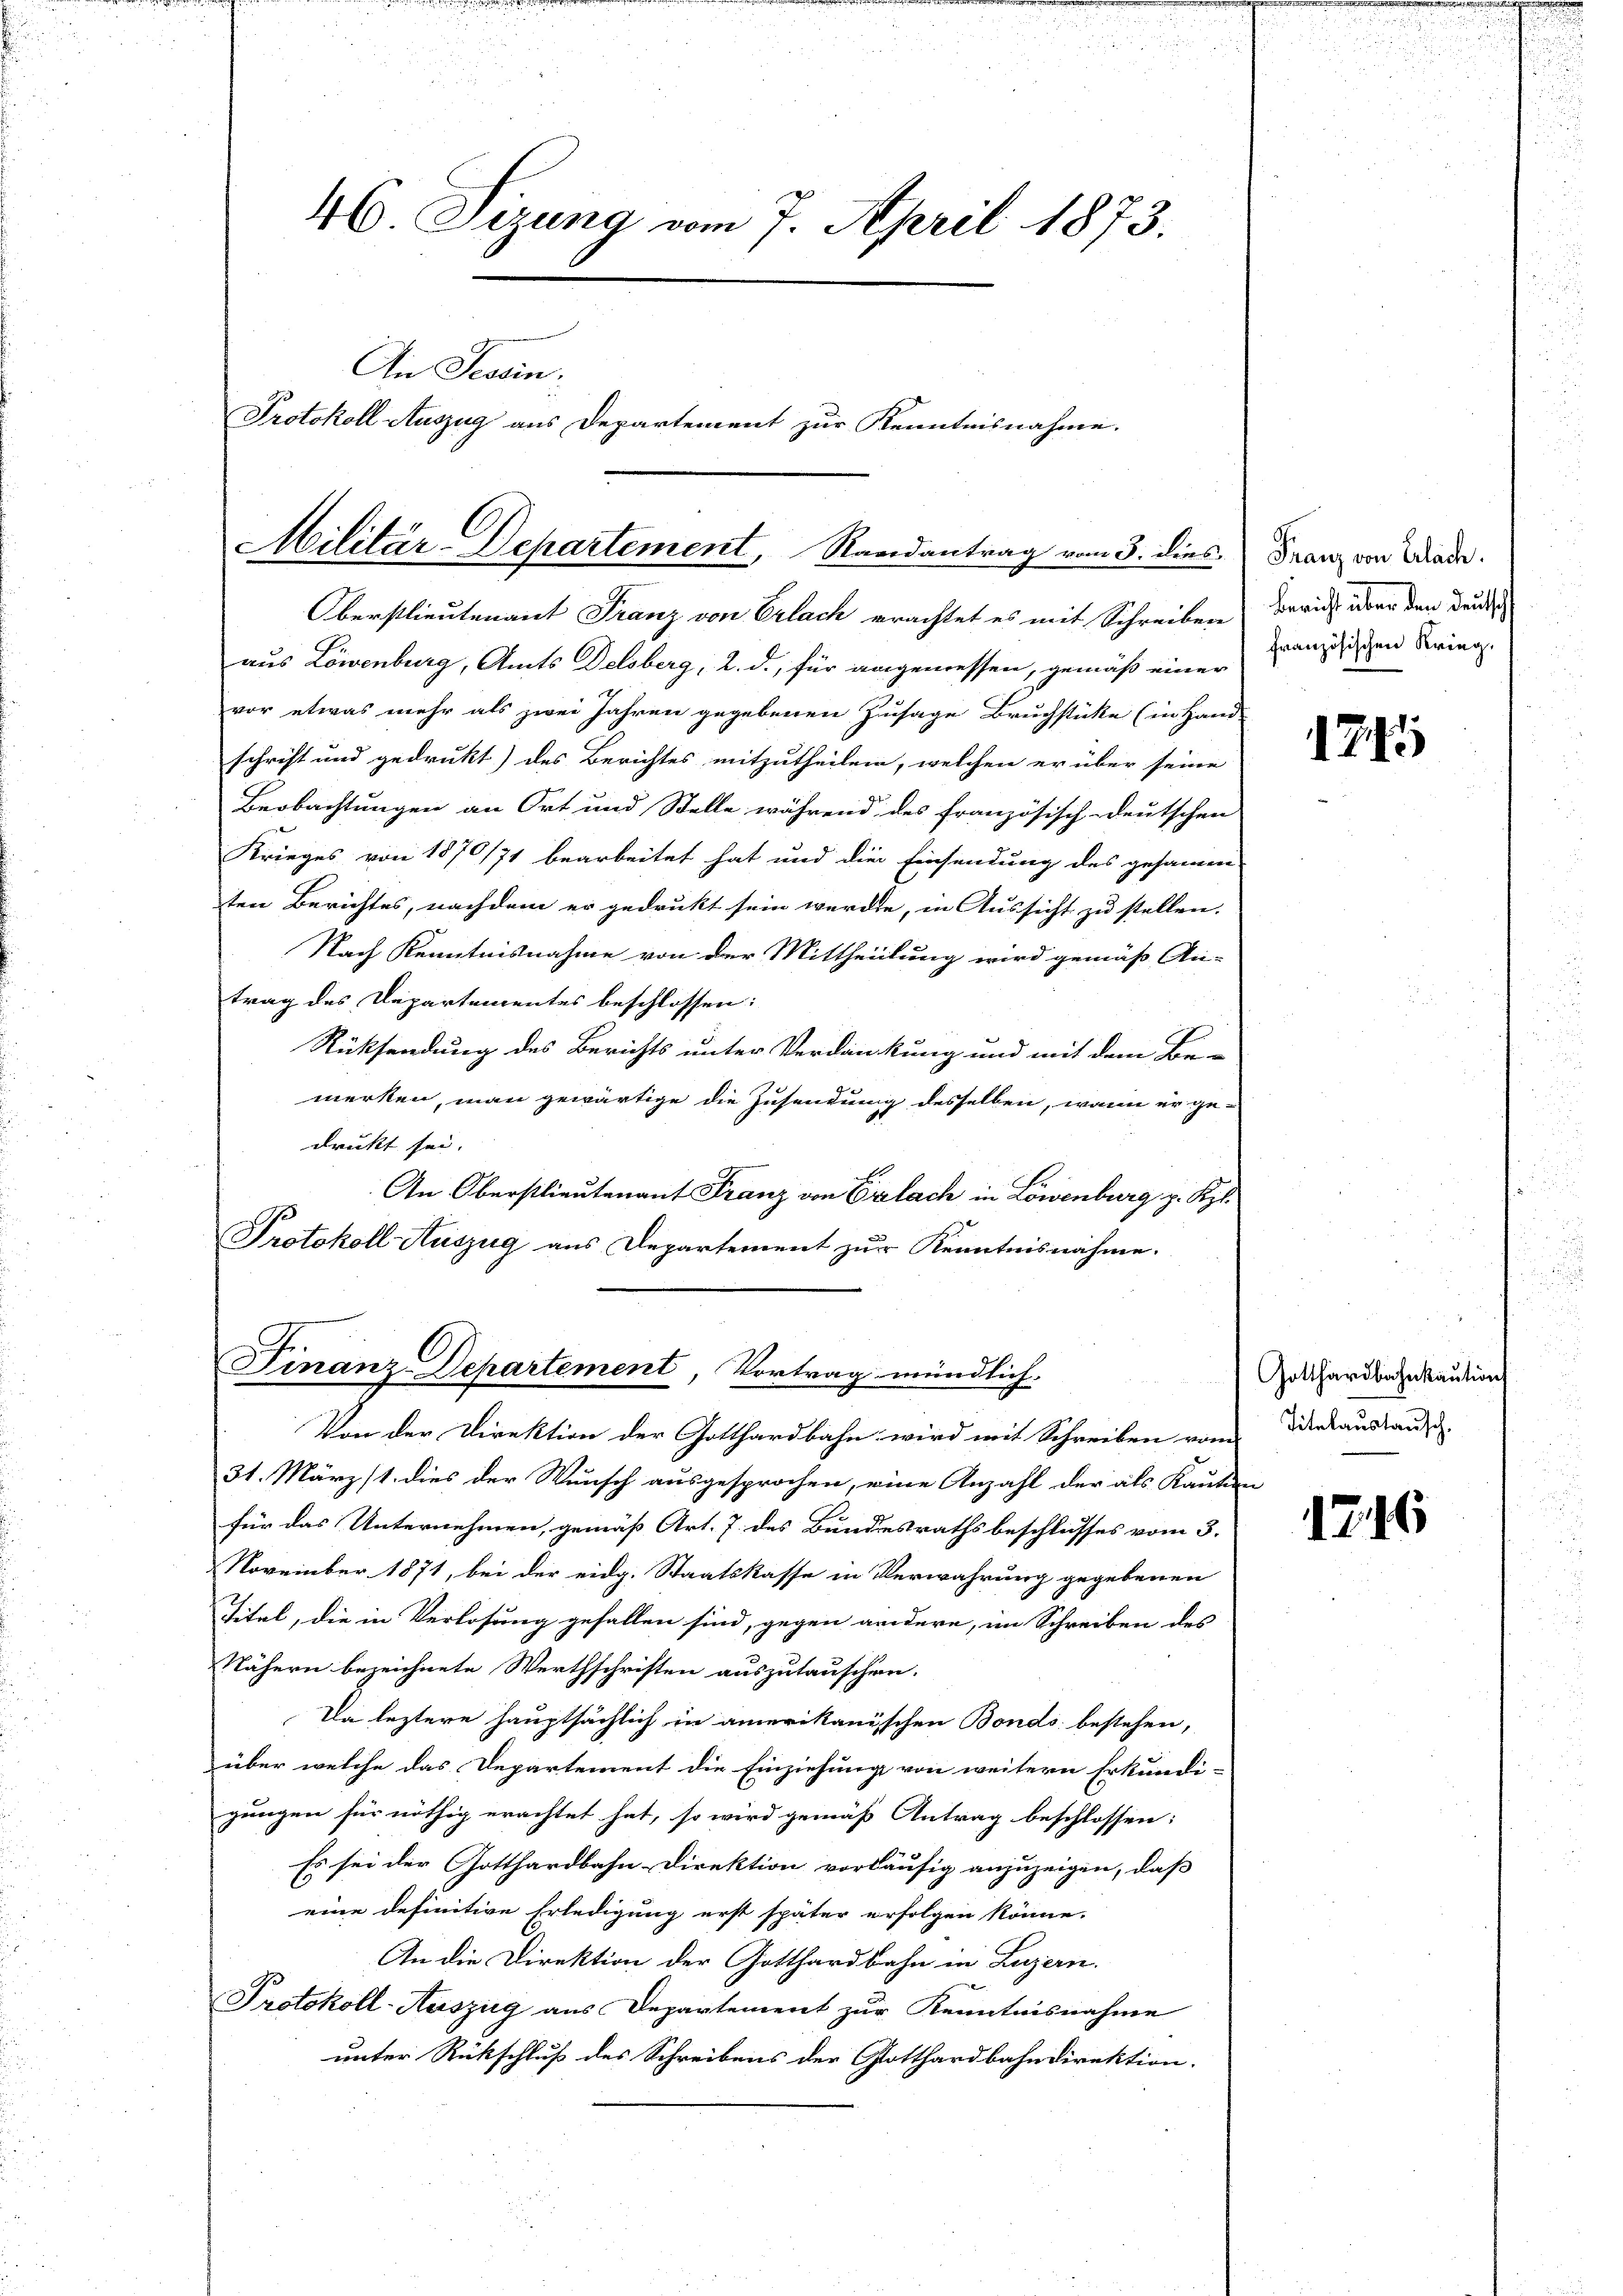
46 Sizung vom 7. April 1873.
An Tessin.
Protokoll Auszug aus Departement zur Kenntnisnahme.

Oberstlieutenant Franz von Erlach erachtet es mit Schreiben
aus Löwenburg, Amts Delsberg, 2. d., für angemessen, gemäß einer
vor etwas mehr als zwei Jahren gegebenen Zusage Bruchstücke (in Hand
schrift und gedrukt) des Berichtes mitzutheilen, welchen er über seine
Beobachtungen an Ort und Stelle während des französisch-deutschen
Krieges von 1870/71 bearbeitet hat und die Einsendung des gesammen
ten Berichtes, nachdem er gedrukt sein werden, in Aussicht zu stellen.
Nach Kenntnisnahme von der Mittheilung wird gemäß An-
trag des Departementes beschlossen:
Rücksendung des Berichts unter Verdankung und mit dem Be-
merken, man gewärtige die Zusendung desselben, wenn er ge-
druckt sei.
An Oberstlieutenant Franz von Erlach in Löwenburg z. Kgl.
Protokoll-Auszug aus Departement zur Kenntnisnahme.
Von der Direktion der Gotthardbahn wird mit Schreiben vom
31. März st. dies der Wunsch ausgesprochen, eine Anzahl der als Kaution
für das Unternehmen, gemäß Art. 7. des Bundesrathsbeschlusses vom 3.
November 1871, bei der eidg. Staatskasse in Verwahrung gegebenen
Titel, die in Verlosung gefallen sind, gegen andere, im Schreiben des
Nähern bezeichnete Werthschriften auszutauschen.
Da leztere hauptsächlich in amerikanischen Bonds bestehen,
über welche das Departement die Einziehung von weitern Erkundi-
gungen für nöthig erachtet hat, so wird gemäß Antrag beschlossen:
Es sei der Gotthardbahn-Direktion vorläufig anzuzeigen, daß
eine definitive Erledigung erst später erfolgen könne.
An die Direktion der Gotthardbahn in Luzern.
Protokoll-Auszug aus Departement zur Kenntnisnahme
unter Rückschluß des Schreibens der Gotthardbahndirektion.

Militär-Departement, Randantrag vom 3. dies

Finanz-Departement, Vortrag mündlich.

Franz von Erlach.
Bericht über den Deutsch
französischen Krieg,

1741)

Gotthardbahnkaution
Titelaustausch.

1746